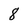
Character: 8